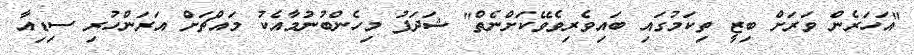
"އަހަރެން ވަރަށް ބިޒީ ތިކަމުގައި ބައިވެރިވެވޭކަށްނެތް" ޝަދަފު މިހެންބުނުމާއެކު މައްޗަށް އަރަންހުރި ސިޑިއާ